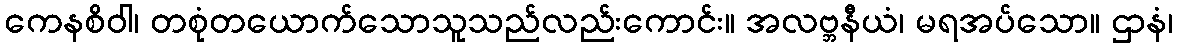
ကေနစိဝါ၊ တစုံတယောက်သောသူသည်လည်းကောင်း။ အလဗ္ဘနီယံ၊ မရအပ်သော။ ဌာနံ၊